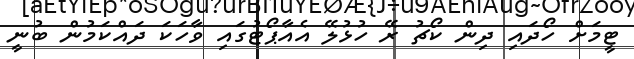
ޓީމަށް ހޯދައި ދިން ކޯޗު ރޭ ހުޅުލޭ އެއާޕޯޓުގައި ވާހަކަ ދައްކަމުން ބުނީ